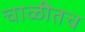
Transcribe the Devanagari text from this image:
चाळीतच